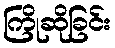
ကြိုဆိုခြင်း